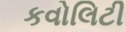
કવોલિટી